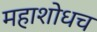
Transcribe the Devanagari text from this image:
महाशोधच